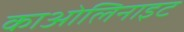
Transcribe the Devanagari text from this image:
काओलिनाइट